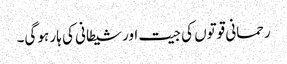
رحمانی قوتوں کی جیت اورشیطانی کی ہار ہو گی۔